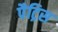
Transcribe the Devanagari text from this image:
पैट्रिस